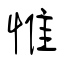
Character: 惟